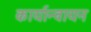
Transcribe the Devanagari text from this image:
कार्यान्वायन